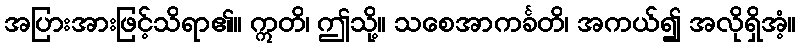
အပြားအားဖြင့်သိရာ၏။ ဣတိ၊ ဤသို့။ သစေအာကင်္ခတိ၊ အကယ်၍ အလိုရှိအံ့။